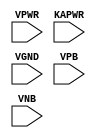
module sky130_fd_sc_hd__lpflow_decapkapwr (
    VPWR ,
    KAPWR,
    VGND ,
    VPB  ,
    VNB
);

    input VPWR ;
    input KAPWR;
    input VGND ;
    input VPB  ;
    input VNB  ;
endmodule